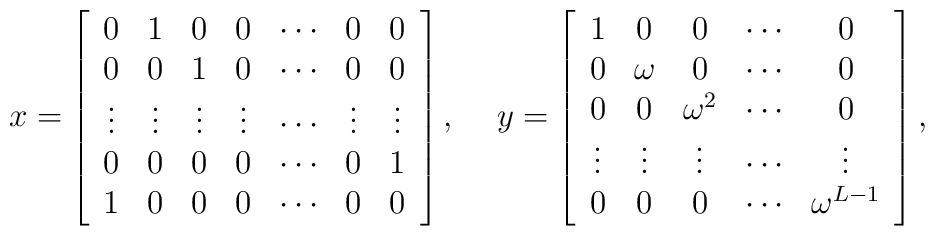
\begin{array}{cc}x=\left[\begin{array}{ccccccc}0&1&0&0&\cdots &0&0\\0&0&1&0&\cdots &0&0\\\vdots&\vdots&\vdots&\vdots&\cdots&\vdots&\vdots\\0&0&0&0&\cdots &0&1\\1&0&0&0&\cdots &0&0\end{array}\right], ~&y=\left[\begin{array}{ccccc}1&0&0&\cdots&0\\0&\omega&0&\cdots&0\\0&0&\omega^2&\cdots&0\\\vdots&\vdots&\vdots&\cdots&\vdots\\0&0&0&\cdots&\omega^{L-1}\end{array}\right],~~\end{array}